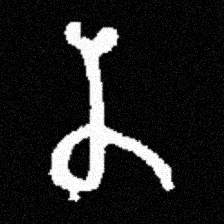
Pyu character \u2014 Myanmar letter: န (romanized: na)